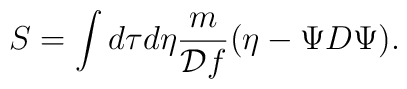
S=\int d\tau d\eta {m\over{{\cal D}f}}(\eta-\Psi{D}\Psi).